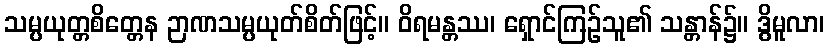
သမ္ပယုတ္တစိတ္တေန ဉာဏသမ္ပယုတ်စိတ်ဖြင့်။ ဝိရမန္တဿ၊ ရှောင်ကြဉ်သူ၏ သန္တာန်၌။ ဒွိမူလာ၊